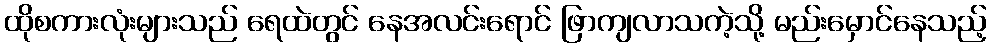
ထိုစကားလုံးများသည် ရေထဲတွင် နေအလင်းရောင် ဖြာကျလာသကဲ့သို့ မည်းမှောင်နေသည့်